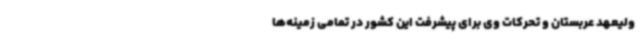
ولیعهد عربستان و تحرکات وی برای پیشرفت این کشور در تمامی زمینه‌ها